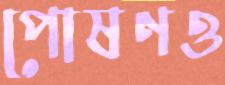
পোষণও